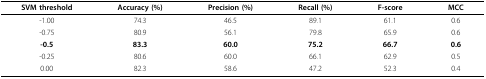
<table><thead><tr><td><b>SVM threshold</b></td><td><b>Accuracy (%)</b></td><td><b>Precision (%)</b></td><td><b>Recall (%)</b></td><td><b>F-score</b></td><td><b>MCC</b></td></tr></thead><tbody><tr><td>-1.00</td><td>74.3</td><td>46.5</td><td>89.1</td><td>61.1</td><td>0.6</td></tr><tr><td>-0.75</td><td>80.9</td><td>56.1</td><td>79.8</td><td>65.9</td><td>0.6</td></tr><tr><td><b>-0.5</b></td><td><b>83.3</b></td><td><b>60.0</b></td><td><b>75.2</b></td><td><b>66.7</b></td><td><b>0.6</b></td></tr><tr><td>-0.25</td><td>80.6</td><td>60.0</td><td>66.1</td><td>62.9</td><td>0.5</td></tr><tr><td>0.00</td><td>82.3</td><td>58.6</td><td>47.2</td><td>52.3</td><td>0.4</td></tr></tbody></table>